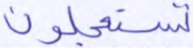
تستعجلون